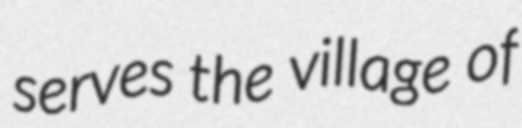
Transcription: serves the village of